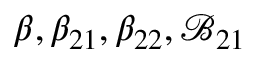
\beta , \beta _ { 2 1 } , \beta _ { 2 2 } , \mathcal { B } _ { 2 1 }